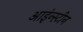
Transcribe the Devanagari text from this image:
आइंन्स्टीन